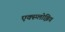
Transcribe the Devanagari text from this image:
एक्स्प्लोझिव